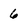
Character: 6